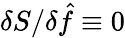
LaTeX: \delta S/\delta\hat{f}\equiv 0